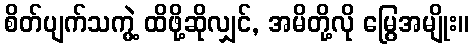
စိတ်ပျက်သကွဲ့ ထိဖို့ဆိုလျှင်, အမိတို့လို မြွေအမျိုး။